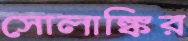
সোলাঙ্কির